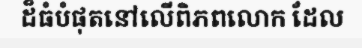
ដ៏ធំបំផុតនៅលើពិភពលោក ដែល